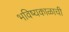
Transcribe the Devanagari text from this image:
भविष्यकाळाची